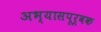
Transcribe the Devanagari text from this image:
अभ्यासपूर्वक